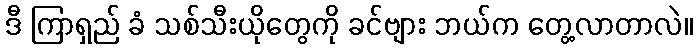
ဒီ ကြာရှည် ခံ သစ်သီးယိုတွေကို ခင်ဗျား ဘယ်က တွေ့လာတာလဲ။